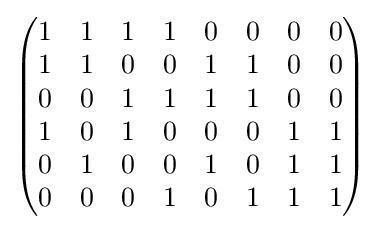
{\begin{pmatrix}1&1&1&1&0&0&0&0\\1&1&0&0&1&1&0&0\\0&0&1&1&1&1&0&0\\1&0&1&0&0&0&1&1\\0&1&0&0&1&0&1&1\\0&0&0&1&0&1&1&1\end{pmatrix}}